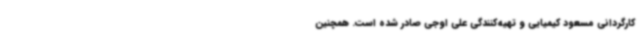
کارگردانی مسعود کیمیایی و تهیه‌کنندگی علی اوجی صادر شده است. همچنین